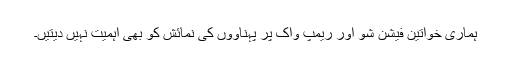
ہماری خواتین فیشن شو اور ریمپ واک پر پہناووں کی نمائش کو بھی اہمیت نہیں دیتیں۔